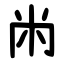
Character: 㡀